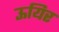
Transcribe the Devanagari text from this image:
ऊयिर